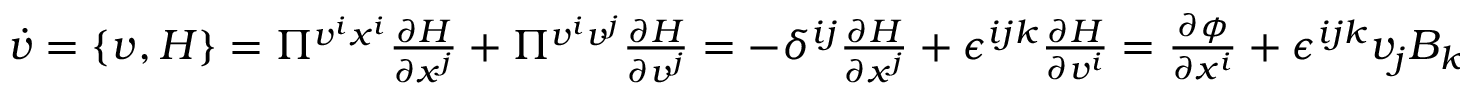
\begin{array} { r } { \dot { v } = \{ v ^ { } , H \} = \Pi ^ { v ^ { i } x ^ { i } } \frac { \partial H } { \partial x ^ { j } } + \Pi ^ { v ^ { i } v ^ { j } } \frac { \partial H } { \partial v ^ { j } } = - \delta ^ { i j } \frac { \partial H } { \partial x ^ { j } } + \epsilon ^ { i j k } \frac { \partial H } { \partial v ^ { i } } = \frac { \partial \phi } { \partial x ^ { i } } + \epsilon ^ { i j k } v _ { j } B _ { k } } \end{array}